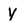
Character: y